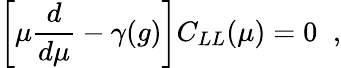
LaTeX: \left[\mu\frac{d}{d\mu}-\gamma(g)\right]C_{LL}(\mu)=0\; \; ,